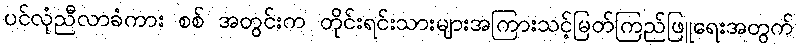
ပင်လုံညီလာခံကား စစ် အတွင်းက တိုင်းရင်းသားများအကြားသင့်မြတ်ကြည်ဖြူရေးအတွက်